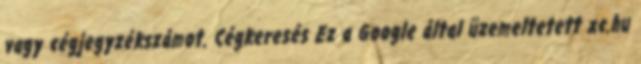
vagy cégjegyzékszámot. Cégkeresés Ez a Google által üzemeltetett xc.hu